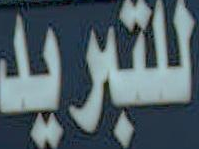
للتبريد